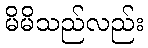
မိမိသည်လည်း